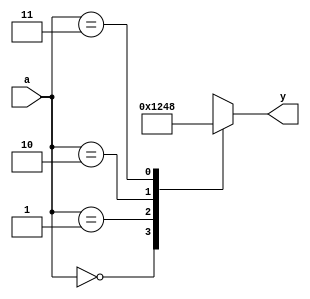
module decoder2_4(input [1:0] a, output reg [3:0] y);

always@(*)begin 
case(a)
   2'b00 : y=4'b0001; 
   2'b01 : y=4'b0010; 
   2'b10 : y=4'b0100; 
   2'b11 : y=4'b1000; 
endcase
end
endmodule

module decoder2_4_tb;

reg [1:0] a;
wire [3:0] y;

decoder2_4 de(a,y);

initial
begin

$monitor("a=%b, y=%b", a, y);
a=2'b00; #10;
a=2'b01; #10;
a=2'b10; #10;
a=2'b11; #10;

$finish;
end

endmodule